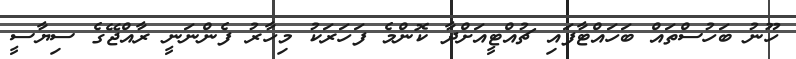
ހޫނު ބަހުސްތައް ބަހައްޓާފައި ޗުއްޓީއަށްދާ ކޮންމެ ފަހަރަކު މިހާރު ފެންނަނީ ރާއްޖޭގެ ސިޔާސީ